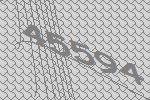
45594